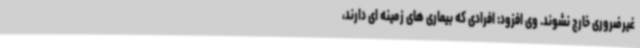
غیرضروری خارج نشوند. وی افزود: افرادی که بیماری های زمینه ای دارند،